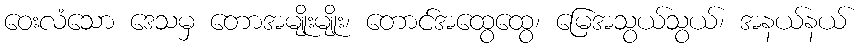
ဝေးလံသော ဒေသမှ တောအမျိုးမျိုး၊ တောင်အထွေထွေ၊ မြေအသွယ်သွယ်၊ အနယ်နယ်